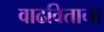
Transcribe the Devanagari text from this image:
वाढविताना